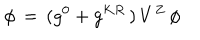
\phi \, = \, ( g ^ { 0 } + g ^ { K R } \, ) \, V ^ { Z } \, \phi